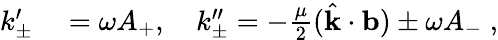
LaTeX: \begin{array}{rl}{k_{\pm}^{\prime}}&{{}=\omega A_{+},\quad k_{\pm}^{\prime\prime}=-\frac{\mu}{2}(\hat{\mathbf{k}}\cdot{\mathbf{b}})\pm\omega A_{-}\; ,}\end{array}